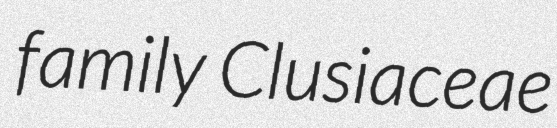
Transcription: family Clusiaceae